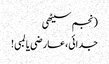
(نجم سیٹھی
جدائی،عارضی یا لمبی!